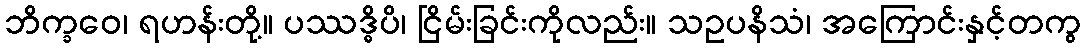
ဘိက္ခဝေ၊ ရဟန်းတို့။ ပဿဒ္ဓိပိ၊ ငြိမ်းခြင်းကိုလည်း။ သဥပနိသံ၊ အကြောင်းနှင့်တကွ